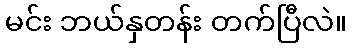
မင်း ဘယ်နှတန်း တက်ပြီလဲ။